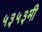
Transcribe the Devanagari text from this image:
५३५३मी